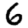
Digit: 6